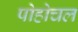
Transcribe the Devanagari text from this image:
पोहोचल